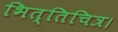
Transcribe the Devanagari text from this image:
भित्तिचित्र।